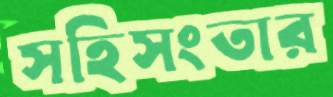
সহিসংতার